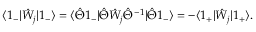
\langle 1 _ { - } | \hat { W } _ { j } | 1 _ { - } \rangle = \langle \hat { \Theta } 1 _ { - } | \hat { \Theta } \hat { W } _ { j } \hat { \Theta } ^ { - 1 } | \hat { \Theta } 1 _ { - } \rangle = - \langle 1 _ { + } | \hat { W } _ { j } | 1 _ { + } \rangle .